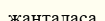
жанталаса